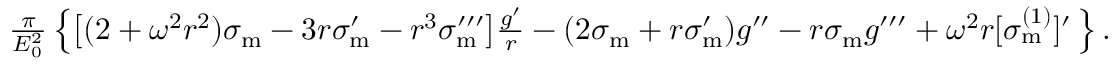
\begin{array} { r } { \frac { \pi } { E _ { 0 } ^ { 2 } } \left\{ \big [ ( 2 + \omega ^ { 2 } r ^ { 2 } ) \sigma _ { \mathrm { m } } - 3 r \sigma _ { \mathrm { m } } ^ { \prime } - r ^ { 3 } \sigma _ { \mathrm { m } } ^ { \prime \prime \prime } \big ] \frac { g ^ { \prime } } { r } - ( 2 \sigma _ { \mathrm { m } } + r \sigma _ { \mathrm { m } } ^ { \prime } ) g ^ { \prime \prime } - r \sigma _ { \mathrm { m } } g ^ { \prime \prime \prime } + \omega ^ { 2 } r [ \sigma _ { \mathrm { m } } ^ { ( 1 ) } ] ^ { \prime } \, \right\} . } \end{array}